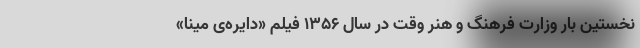
نخستین بار وزارت فرهنگ و هنر وقت در سال ۱۳۵۶ فیلم «دایره‌ی مینا»